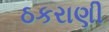
ઠકરાણી